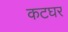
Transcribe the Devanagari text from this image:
कटघर